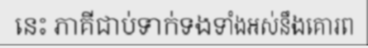
នេះ ភាគីជាប់ទាក់ទងទាំងអស់នឹងគោរព